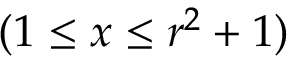
( 1 \leq x \leq r ^ { 2 } + 1 )